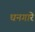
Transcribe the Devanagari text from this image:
धनगारे